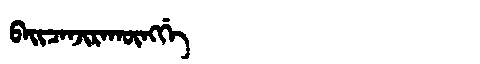
Manchu: ᠪᠠᡳᠴᠠᠨᠵᡳᡵᠠᡴᡡᠩᡤᡝ
Romanization: BAICANJIRAKŪNGGE